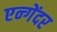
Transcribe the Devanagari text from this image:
एन्गेंदर